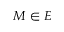
M \in E